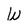
Character: W